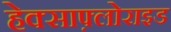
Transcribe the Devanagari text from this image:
हेक्साफ़्लोराइड